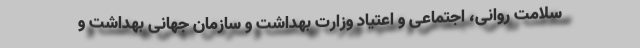
سلامت روانی، اجتماعی و اعتیاد وزارت بهداشت و سازمان جهانی بهداشت و